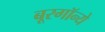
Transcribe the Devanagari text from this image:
बूरगॉन्ये